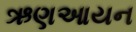
ઋણઆયન